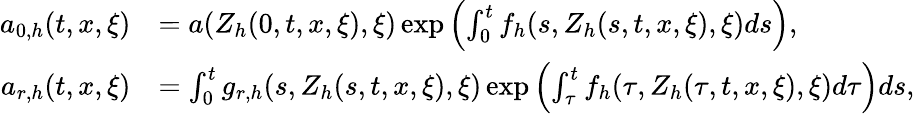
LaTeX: \begin{array}{rl}{a_{0,h}(t,x,\xi)}&{=a(Z_{h}(0,t,x,\xi),\xi)\exp\left(\int_{0}^{t}f_{h}(s,Z_{h}(s,t,x,\xi),\xi)ds\right),}\\ {a_{r,h}(t,x,\xi)}&{=\int_{0}^{t}g_{r,h}(s,Z_{h}(s,t,x,\xi),\xi)\exp\left(\int_{\tau}^{t}f_{h}(\tau,Z_{h}(\tau,t,x,\xi),\xi)d\tau\right)ds,}\end{array}